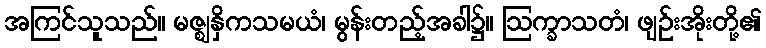
အကြင်သူသည်။ မဇ္ဈနှိကသမယံ၊ မွန်းတည့်အခါ၌။ ဩက္ခာသတံ၊ ဖျဉ်းအိုးတို့၏